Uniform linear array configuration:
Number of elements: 48
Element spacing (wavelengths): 0.5
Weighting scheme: binomial
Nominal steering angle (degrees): -15
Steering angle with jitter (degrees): -13.962
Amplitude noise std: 0.05
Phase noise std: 0.05

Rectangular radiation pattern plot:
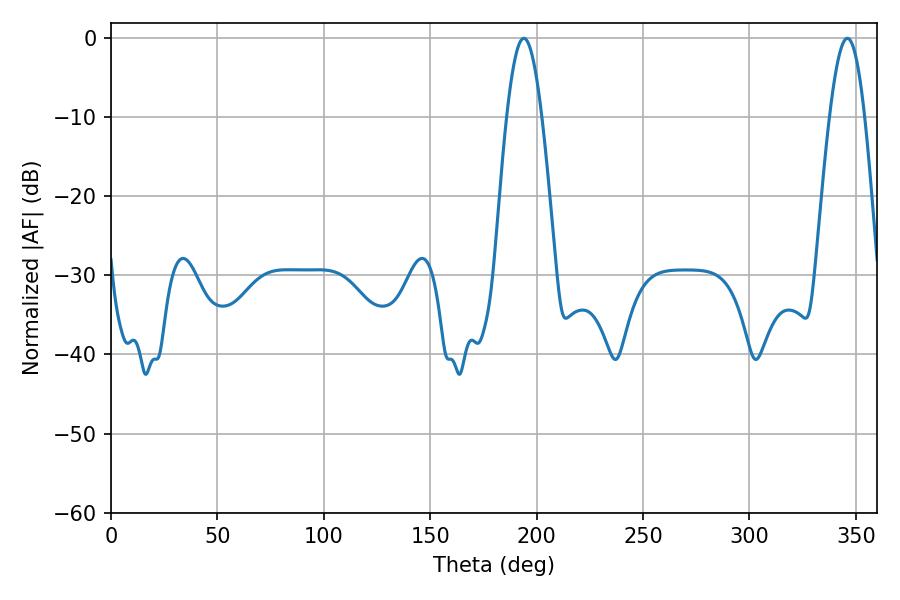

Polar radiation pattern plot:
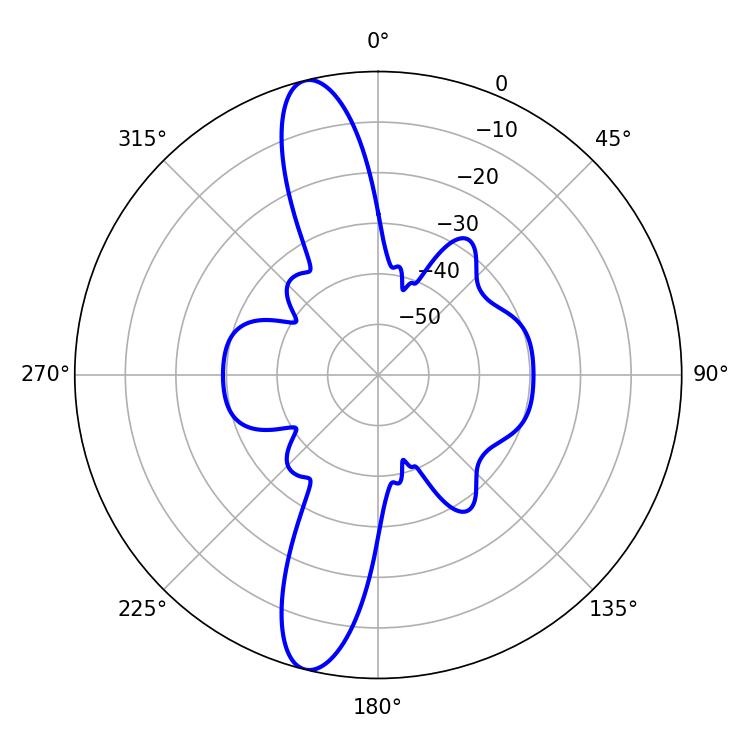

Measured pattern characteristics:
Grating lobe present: FALSE
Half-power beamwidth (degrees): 9
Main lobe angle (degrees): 194.04